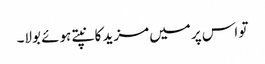
تو اس پر میں مزید کانپتے ہوئے بولا۔